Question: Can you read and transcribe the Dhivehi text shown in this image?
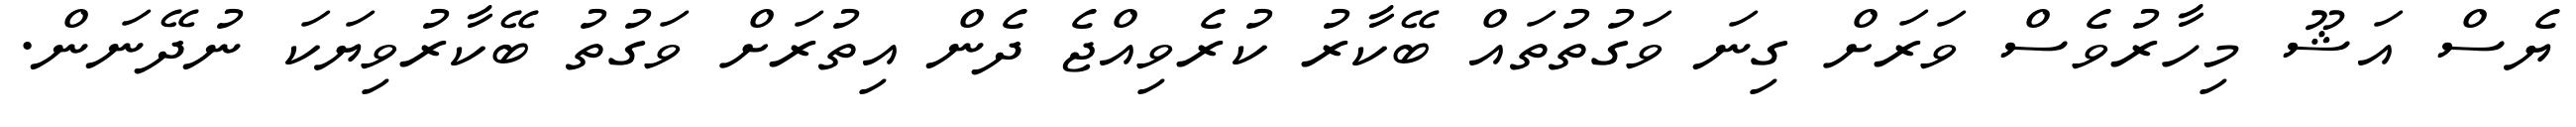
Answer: ޔެސް އަޝޫ މިހާރުވެސް ވަރަށް ގިނަ ވަގުތުތައް ބޭކާރު ކުރެވިއްޖެ ދެން އިތުރަށް ވަގުތު ބޭކާރުވިޔަކަ ނުދޭނަން.